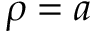
\rho = a